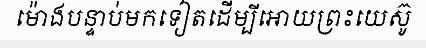
ម៉ោងបន្ទាប់មកទៀតដើម្បីអោយព្រះយេស៊ូ